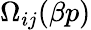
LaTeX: \Omega_{ij}(\beta p)